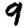
Digit: 9